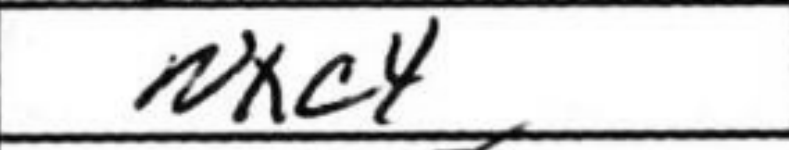
Transcription: Nxc4